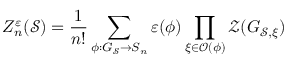
Z _ { n } ^ { \varepsilon } ( \mathcal { S } ) = \frac { 1 } { n ! } \sum _ { \phi : G _ { \mathcal { S } } \rightarrow S _ { n } } \varepsilon ( \phi ) \prod _ { \xi \in \mathcal { O } ( \phi ) } \mathcal { Z } ( G _ { \mathcal { S } , \xi } )